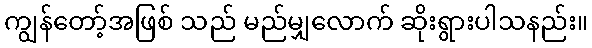
ကျွန်တော့်အဖြစ် သည် မည်မျှလောက် ဆိုးရွားပါသနည်း။